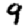
Digit: 9